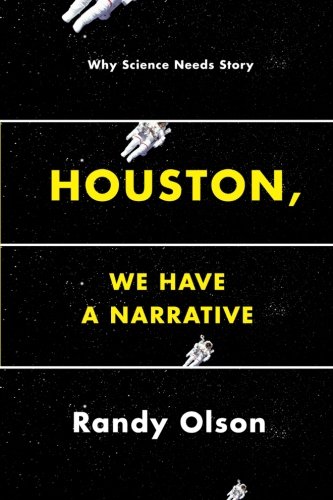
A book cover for Houston, We Have a Narrative: Why Science Needs Story; Randy Olson; Humor & Entertainment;